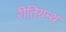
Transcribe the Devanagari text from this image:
रीतिग्रन्थ